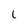
Character: l